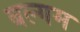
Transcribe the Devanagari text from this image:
बल्गम